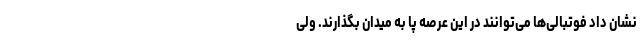
نشان داد فوتبالی‌ها می‌توانند در این عرصه پا به میدان بگذارند. ولی